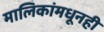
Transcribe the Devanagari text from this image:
मालिकांमधूनही